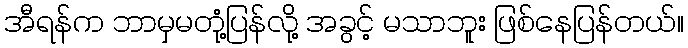
အီရန်က ဘာမှမတုံ့ပြန်လို့ အခွင့် မသာဘူး ဖြစ်နေပြန်တယ်။